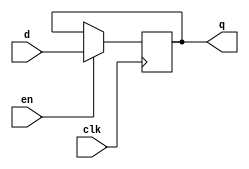
`timescale 1ns / 1ps
//////////////////////////////////////////////////////////////////////////////////
// Create directive in Verilog 
// By: Nima Omidsajedi
//////////////////////////////////////////////////////////////////////////////////

module d_ff_en (
    input d, en, clk,
    output reg q
    );

// In the case there is no "en" port in the synthesized technology, then a mux will be added in the path of input d
always @ (posedge clk)
    if (en)
        q <= d;
endmodule